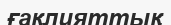
ғақлияттық